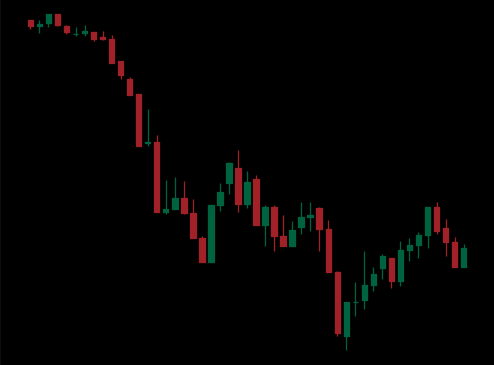
Pattern: bull_flag